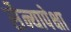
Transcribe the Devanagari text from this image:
सैन्यापेक्षा